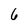
Character: 6